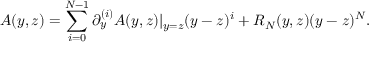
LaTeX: A ( y , z ) = \sum _ { i = 0 } ^ { N - 1 } \partial _ { y } ^ { ( i ) } A ( y , z ) | _ { y = z } ( y - z ) ^ { i } + R _ { N } ( y , z ) ( y - z ) ^ { N } .